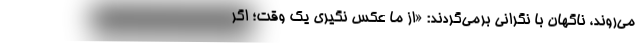
می‌روند، ناگهان با نگرانی برمی‌گردند: «از ما عکس نگیری یک وقت؛ اگر